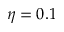
\eta = 0 . 1